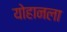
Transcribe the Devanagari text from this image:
योहानला